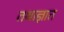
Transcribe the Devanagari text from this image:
तथाज्ञात